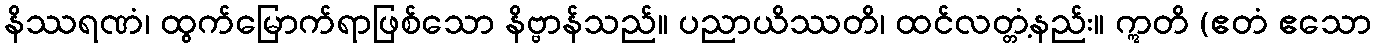
နိဿရဏံ၊ ထွက်မြောက်ရာဖြစ်သော နိဗ္ဗာန်သည်။ ပညာယိဿတိ၊ ထင်လတ္တံ့နည်း။ ဣတိ (ဧတံ ဧသော